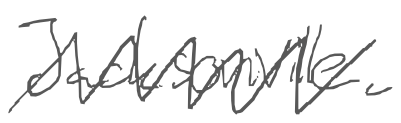
Text: Jacksonville.
Cross-out: mix
Writing tool: digital_gray